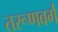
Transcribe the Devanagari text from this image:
तरूणवर्ग